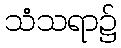
သံသရာ၌